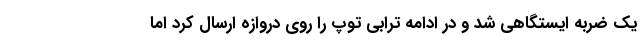
یک ضربه ایستگاهی شد و در ادامه ترابی توپ را روی دروازه ارسال کرد اما